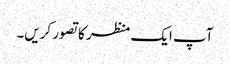
آپ ایک منظر کا تصور کریں۔